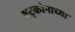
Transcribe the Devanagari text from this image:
षट्कोनाच्या